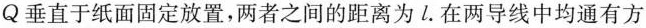
Q垂直于纸面固定放置，两者之间的距离为l。在两导线中均通有方